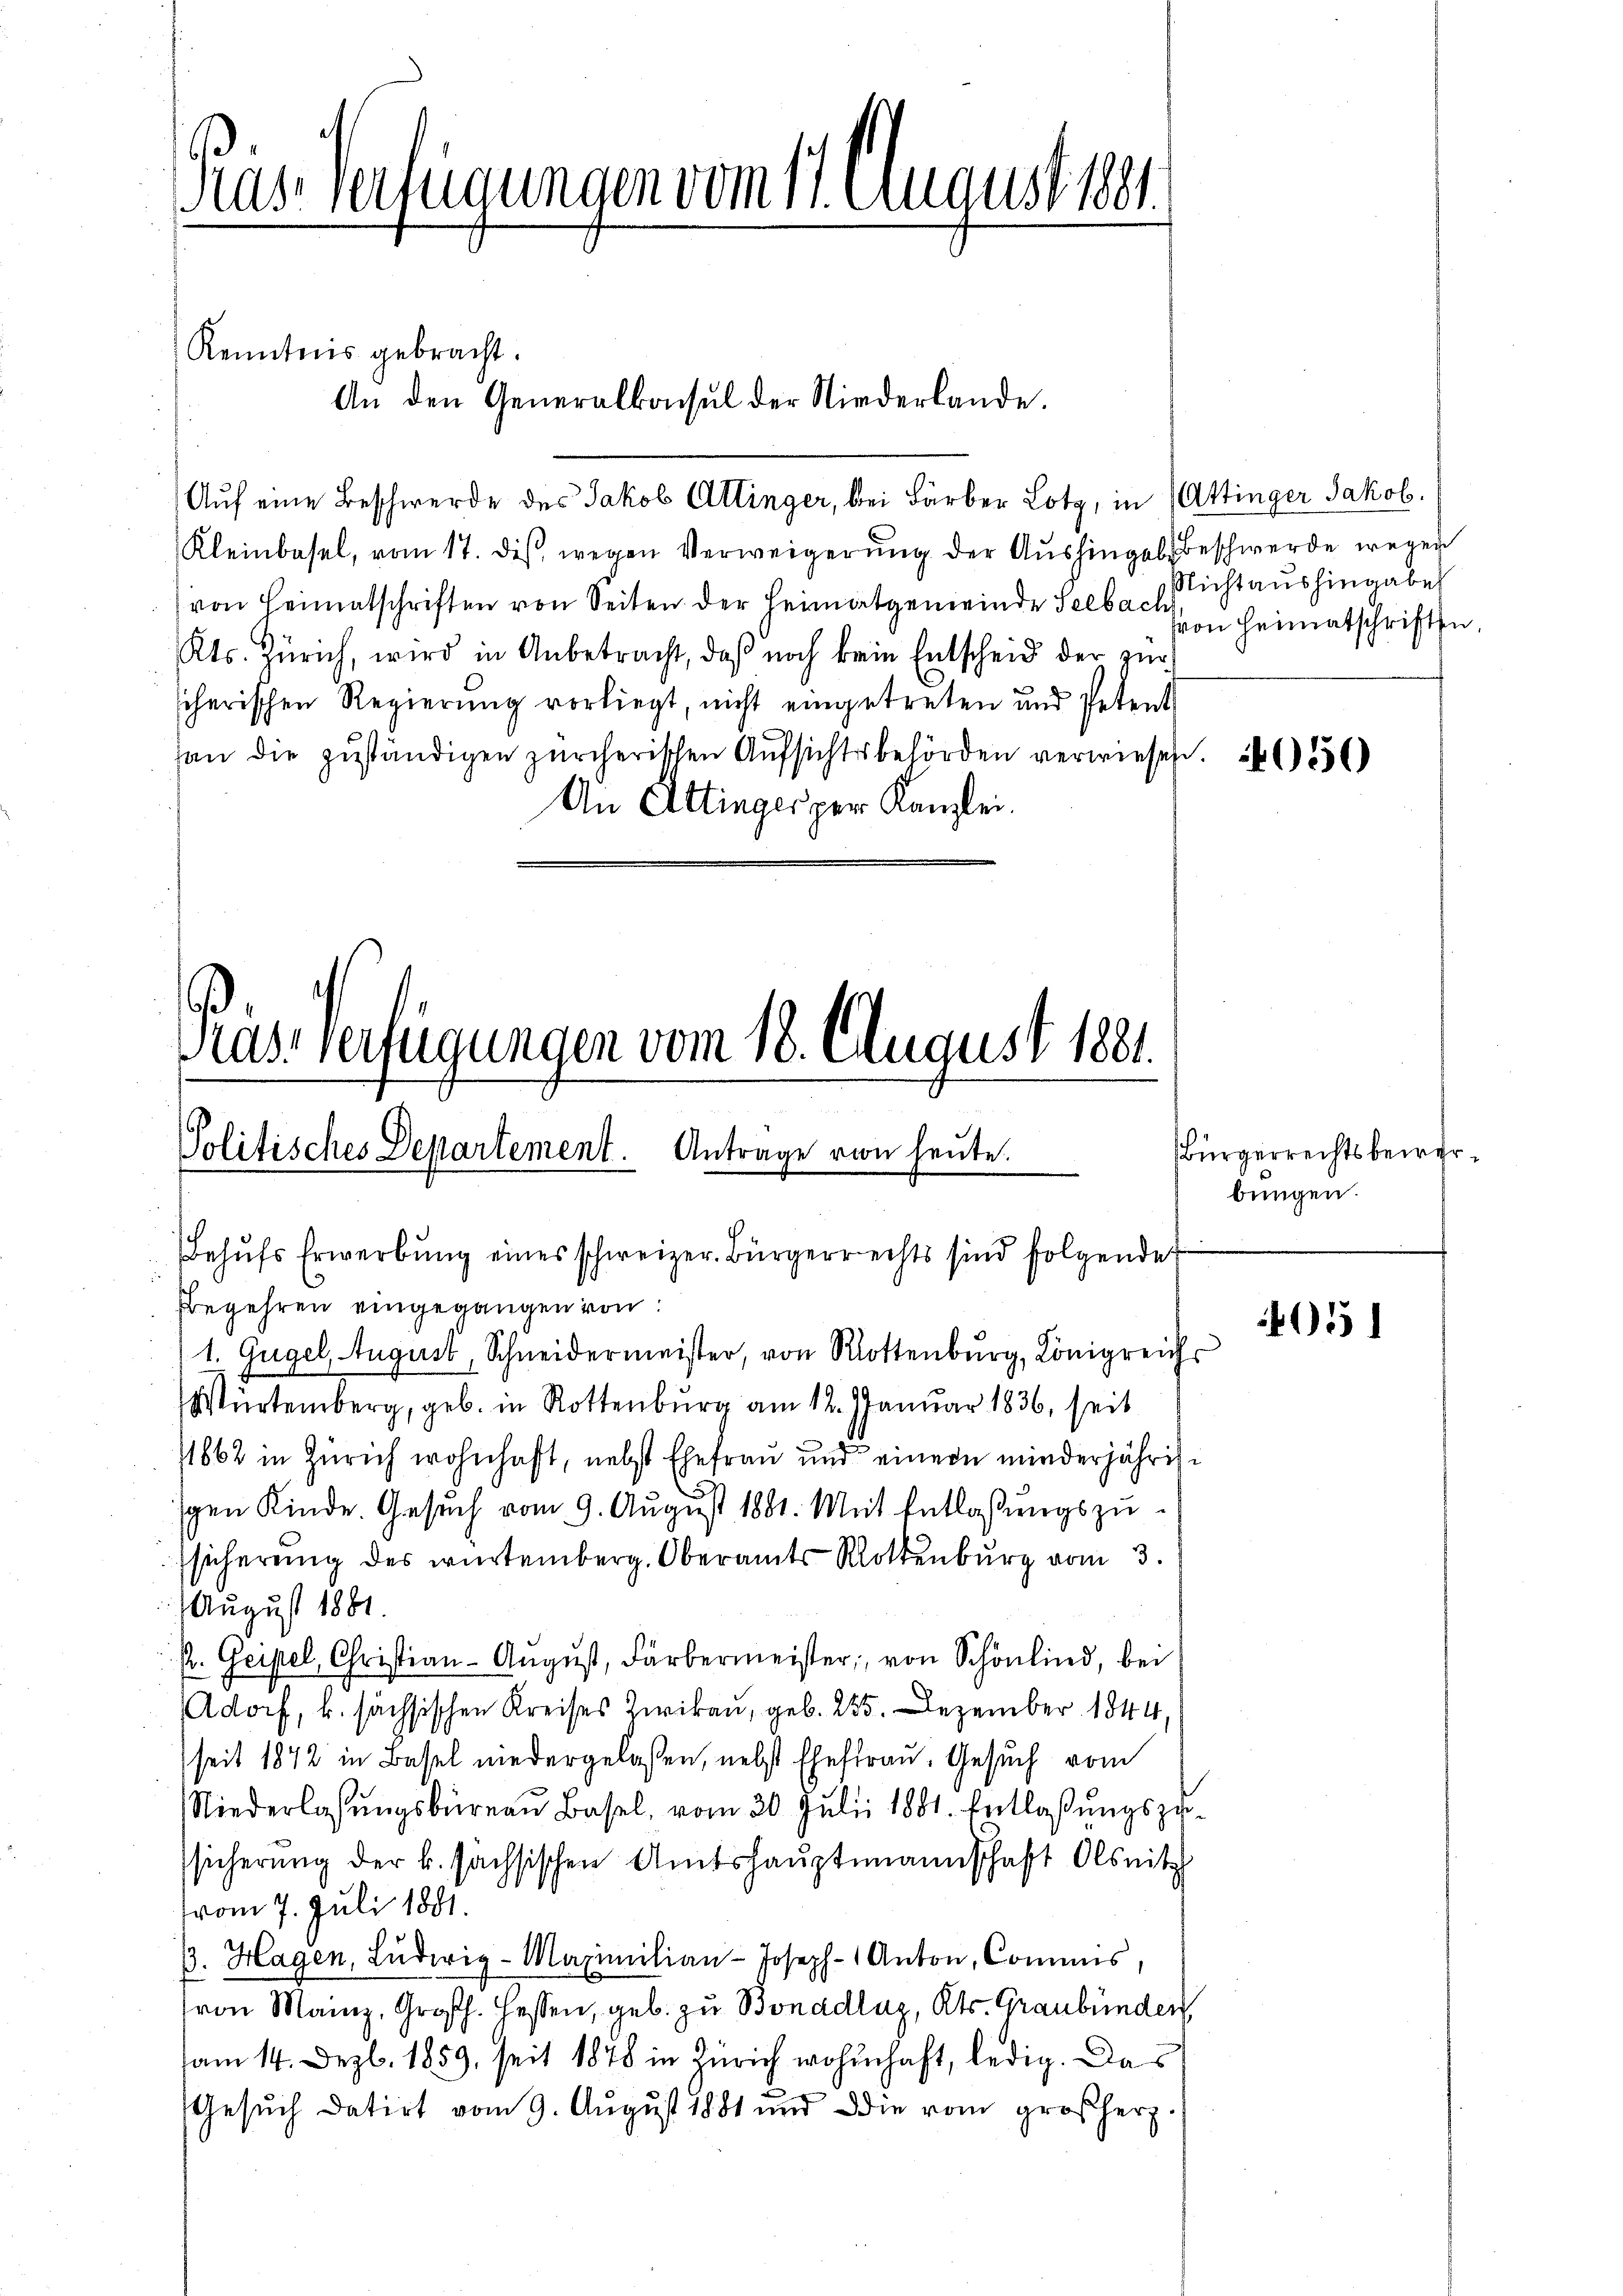
Nase verfügungen vom 11. August 1881

Kenntnis gebracht.
(Auf eine Beschwerde des Jakob Attinger, bei Färber Lotz, in Attinger Jakob.
Kleinbasel, vom 17. dis wegen Verweigerung der Aushingels Beschwerde wegen
von Heimatschriften von Seiten der Heimatgemeinde Seebach
Kts. Zürich, wird in Anbetracht, daß noch kein Entscheid der zur
scherischen Regierung vorliegt, nicht eingetreten und Petent
an die zŭständigen zürcherischen Aŭfsichtsbehörden verwiesen.
An Attinger per Kanzlei.

An den Generalkonsul der Niederlande.

s
Politisches Departement.
Antrage von heute.
Behŭfs Erwerbŭng eines schweizer. Bürgerrechts sind folgende
Begehren eingegangen von

Prassverfügungen vom 18. August 1881.

1. Gugel, August, Schneidermeister, von Rottenburg, Königreichs
Würtemberg, geb. in Rottenburg am 12. Januar 1836, seit
1862 in Zürich wohnhaft, nebst Ehefrau und einer minderjährige
gen Kinde. Gesuch vom 9. August 1881. Mit Entlaßungszufsicherung des würtemberg. Oberamts Rottenburg vom 3.
August 1881.
p. Geigel, Christian-Aŭgŭst, Färbermeister, von Schönlind, bei
Adorf, k. sächsischen Kreises Zwikau, geb. 225. Dezember 1844,
seit 1872 in Basel niedergelaßen, nebst Ehefrau. Gesuch vom
Niederlassungsbureau Basel, vom 20. Julii 1881. Entlaßungszusicherung der k. sächsischen Amtshauptmannschaft Olsnitz
vom 7. Juli 1881.
33. Hagen, Lŭdwig-Maximilian-Joseph- Anton, Commis,
von Mainz, Großh. Hessen, geb. zu Bonadlug, Kts. Graubünden
am 14. Dezbr. 1859, seit 1878 in Zürich wohnhaft, ledig. Das
Gesuch datirt vom 9. August 1881 und die vom großherz

Nicht aushingaben
von Heimatschriften

bungen.

Bürgerrechtsbewer

4015